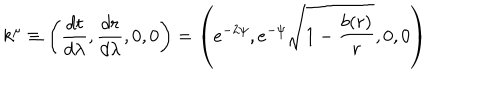
LaTeX: k ^ { \mu } \equiv \left( \frac { d t } { d \lambda } , \frac { d r } { d \lambda } , 0 , 0 \right) = \left( e ^ { - 2 \psi } , e ^ { - \psi } \sqrt { 1 - \frac { b ( r ) } { r } } , 0 , 0 \right)